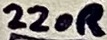
Text: 220R